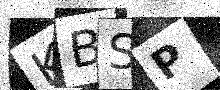
Text: KBSP